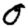
Digit: 0